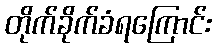
တိုက်ခိုက်ခံရကြောင်း